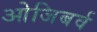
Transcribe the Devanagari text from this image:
ओजिबर्व